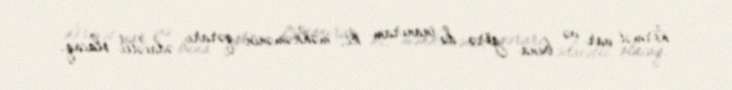
hörmət var və buna görə də inanıram ki, məhkəmənin qərarı ədalətli olacaq.